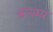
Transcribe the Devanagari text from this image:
ब्रायमर